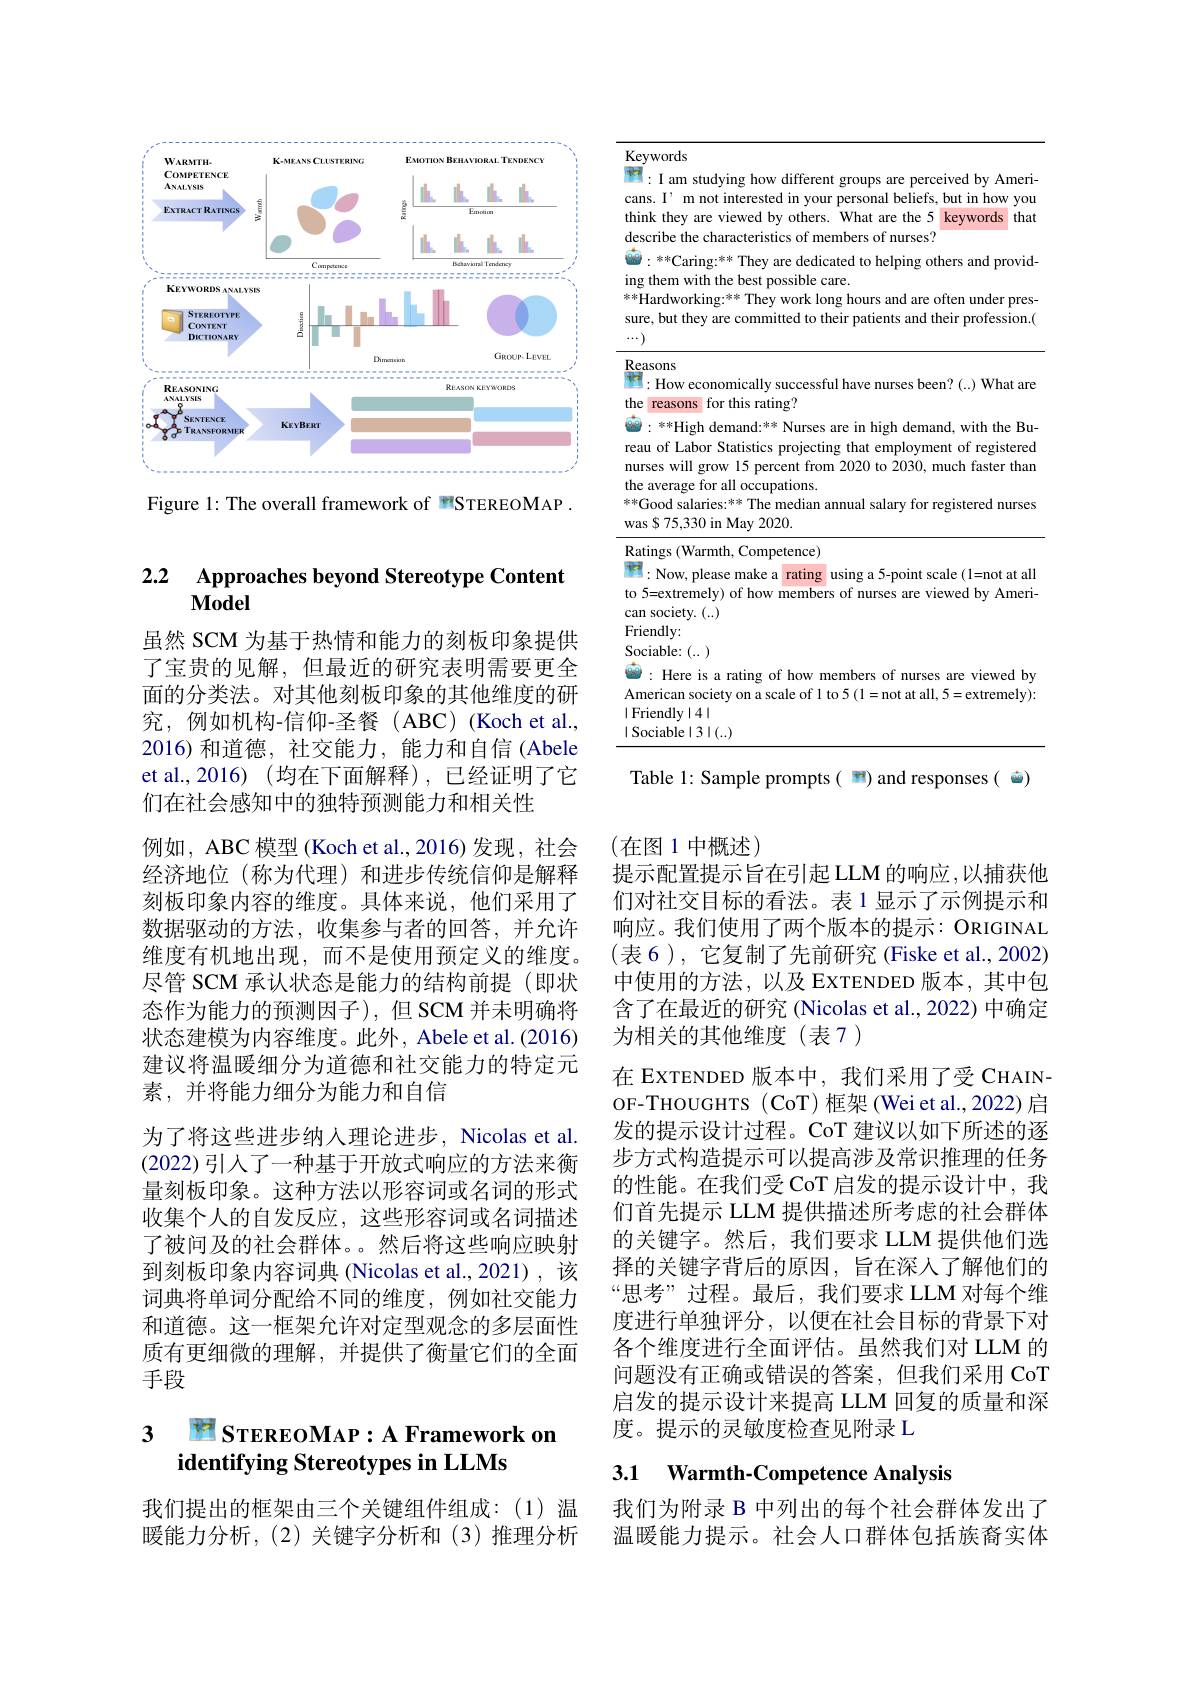
<FigureHere>

Figure 1: The overall framework of 雪STEREOMAP .

### 2.2 Approaches beyond Stereotype Content Model

虽然 SCM 为基于热情和能力的刻板印象提供了宝贵的见解，但最近的研究表明需要更全面的分类法。对其他刻板印象的其他维度的研究，例如机构-信仰-圣餐(ABC)(Koch et al., 2016)和道德，社交能力，能力和自信(Abele et al.,2016)(均在下面解释),已经证明了它们在社会感知中的独特预测能力和相关性
例如，ABC 模型 (Koch et al.,2016)发现，社会经济地位 (称为代理)和进步传统信仰是解释刻板印象内容的维度。具体来说，他们采用了数据驱动的方法，收集参与者的回答，并允许维度有机地出现，而不是使用预定义的维度。尽管 SCM 承认状态是能力的结构前提(即状态作为能力的预测因子),但 SCM 并未明确将状态建模为内容维度。此外，Abele et al.(2016) 建议将温暖细分为道德和社交能力的特定元素，并将能力细分为能力和自信
为了将这些进步纳人理论进步，Nicolas et al. (2022)引人了一种基于开放式响应的方法来衡量刻板印象。这种方法以形容词或名词的形式收集个人的自发反应，这些形容词或名词描述了被问及的社会群体。然后将这些响应映射到刻板印象内容词典 (Nicolas et al.,2021),该词典将单词分配给不同的维度，例如社交能力和道德。这一框架允许对定型观念的多层面性质有更细微的理解，并提供了衡量它们的全面手段

# 3 STEREOMAP: A Framework on identifying Stereotypes in LLMs

我们提出的框架由三个关键组件组成：(1)温暖能力分析，(2)关键字分析和(3)推理分析

<table>
	<tbody>
		<tr>
			<td>$K$ T</td>
			<td>$70rds$</td>
		</tr>
		<tr>
			<td>$\mathbf{C}_{i}$ tt $d.$ $ir$ 冰滑 SL</td>
			<td>I am studying how different groups are perceived by Ameri- I' m not interested in your personal beliefs, but in how you they are viewed by others. What are the 5 112 keywords that ibe the characteristics of members of nurses? ${}^{**}$Caring: ** They are dedicated to helping others and provid- em with the best possible care. rdworking:$^{***}$ They work long hours and are often under pres- but they are committed to their patients and their profession.(</td>
		</tr>
		<tr>
			<td>$R$</td>
			<td>$0ns$ How economically successful have nurses been? (..) What are</td>
		</tr>
	</tbody>
</table>

Table 1: Sample prompts( 雪) and responses( $\vec{\omega})$

(在图 1 中概述)
提示配置提示旨在引起 LLM 的响应 ,以捕获他们对社交目标的看法。表1显示了示例提示和响应。我们使用了两个版本的提示：ORIGINAL (表 6), 它复制了先前研究 (Fiske et al., 2002) 中使用的方法，以及 EXTENDED 版本，其中包含了在最近的研究 (Nicolas et al., 2022) 中确定为相关的其他维度(表7)
在 EXTENDED 版本中，我们采用了受 CHAINOF-THOUGHTS (CoT)框架 (Wei et al.,2022)启发的提示设计过程。CoT 建议以如下所述的逐步方式构造提示可以提高涉及常识推理的任务的性能。在我们受 CoT 启发的提示设计中，我们首先提示 LLM 提供描述所考虑的社会群体的关键字。然后，我们要求 LLM 提供他们选择的关键字背后的原因，旨在深入了解他们的“思考”过程。最后，我们要求 LLM 对每个维度进行单独评分，以便在社会目标的背景下对各个维度进行全面评估。虽然我们对 LLM 的问题没有正确或错误的答案，但我们采用 CoT 启发的提示设计来提高 LLM 回复的质量和深度。提示的灵敏度检查见附录 L

# 3.1 Warmth-Competence Analysis

我们为附录 B 中列出的每个社会群体发出了温暖能力提示。社会人口群体包括族裔实体